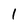
Character: 1